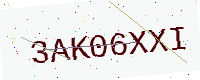
Text: 3AK06XXI